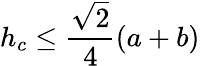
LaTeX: h_{c}\leq{\frac{\sqrt{2}}{4}}(a+b)